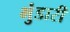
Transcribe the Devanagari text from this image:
भुंडारी